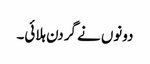
دونوں نے گردن ہلائی۔